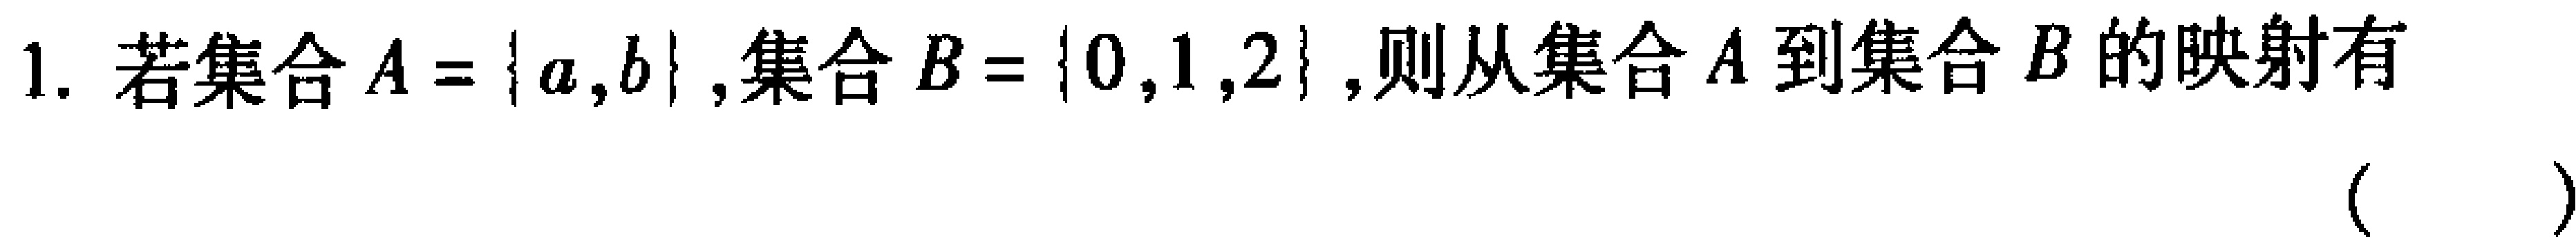
1. 若集合\(A = \{a,b\}\),集合\(B = \{0,1,2\}\),则从集合\(A\)到集合\(B\)的映射有 （  ）